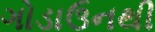
ગોડાઉનથી